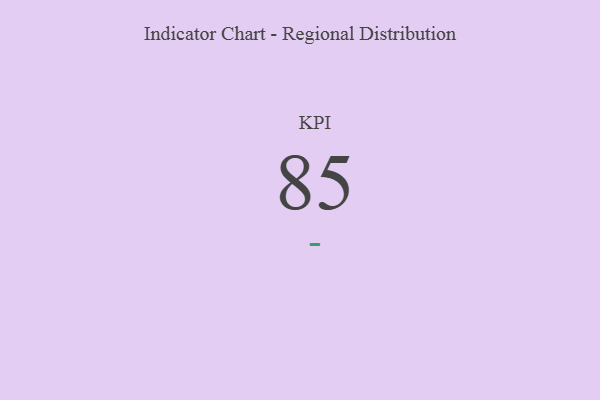
{"axis": {"x": "KPI", "y": "Value"}, "legend": [""], "data": [{"x": "KPI", "y": 85, "type": ""}]}